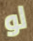
لو